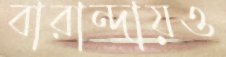
বারান্দায়ও